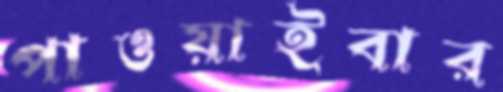
পাওয়াইবার